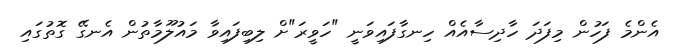
އެންމެ ފަހުން މިފަދަ ހާދިސާއެއް ހިނގާފައިވަނީ "ހަވީރަ"ށް ލިބިފައިވާ މައުލޫމާތުން އެނގޭ ގޮތުގައި